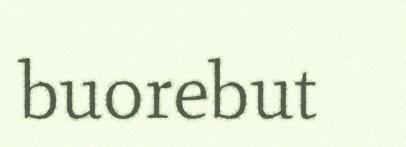
buorebut